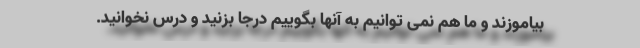
بیاموزند و ما هم نمی توانیم به آنها بگوییم درجا بزنید و درس نخوانید.